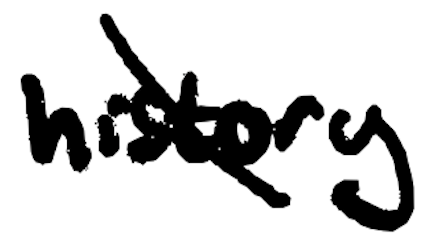
Text: history
Cross-out: diagonal
Writing tool: digital_black